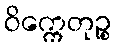
ဝိက္ကေတုဉ္စ